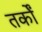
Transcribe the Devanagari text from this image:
तर्काें